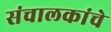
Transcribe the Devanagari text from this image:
संचालकांचे